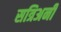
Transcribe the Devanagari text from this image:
सत्रिअनी